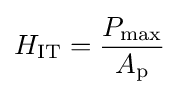
H_{\text{IT}}={\frac {P_{\text{max}}}{A_{\text{p}}}}